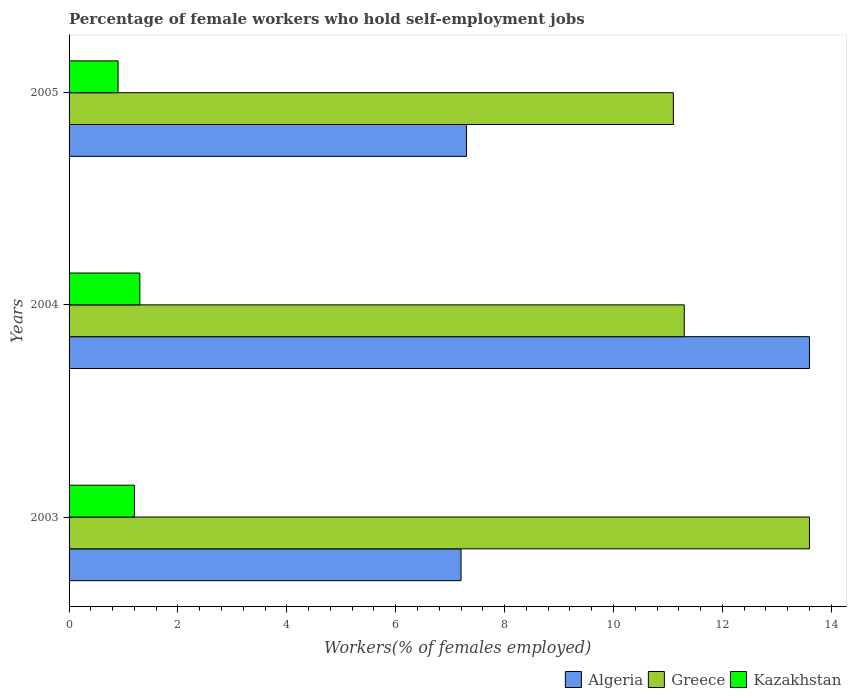
| Years | Algeria | Greece | Kazakhstan |
 | --- | --- | --- | --- |
 | 2003 | 7.2 | 13.6 | 1.2 |
 | 2004 | 13.6 | 11.3 | 1.3 |
 | 2005 | 7.3 | 11.1 | 0.9 |